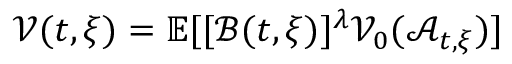
\mathcal { V } ( t , \xi ) = \mathbb { E } [ [ \mathcal { B } ( t , \xi ) ] ^ { \lambda } \mathcal { V } _ { 0 } ( \mathcal { A } _ { t , \xi } ) ]